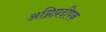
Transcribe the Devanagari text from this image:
अग्निप्रदीपक